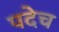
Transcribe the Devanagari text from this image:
पदेच